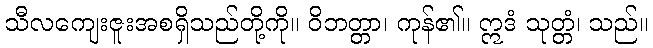
သီလကျေးဇူးအစရှိသည်တို့ကို။ ဝိဘတ္တာ၊ ကုန်၏။ ဣဒံ သုတ္တံ၊ သည်။